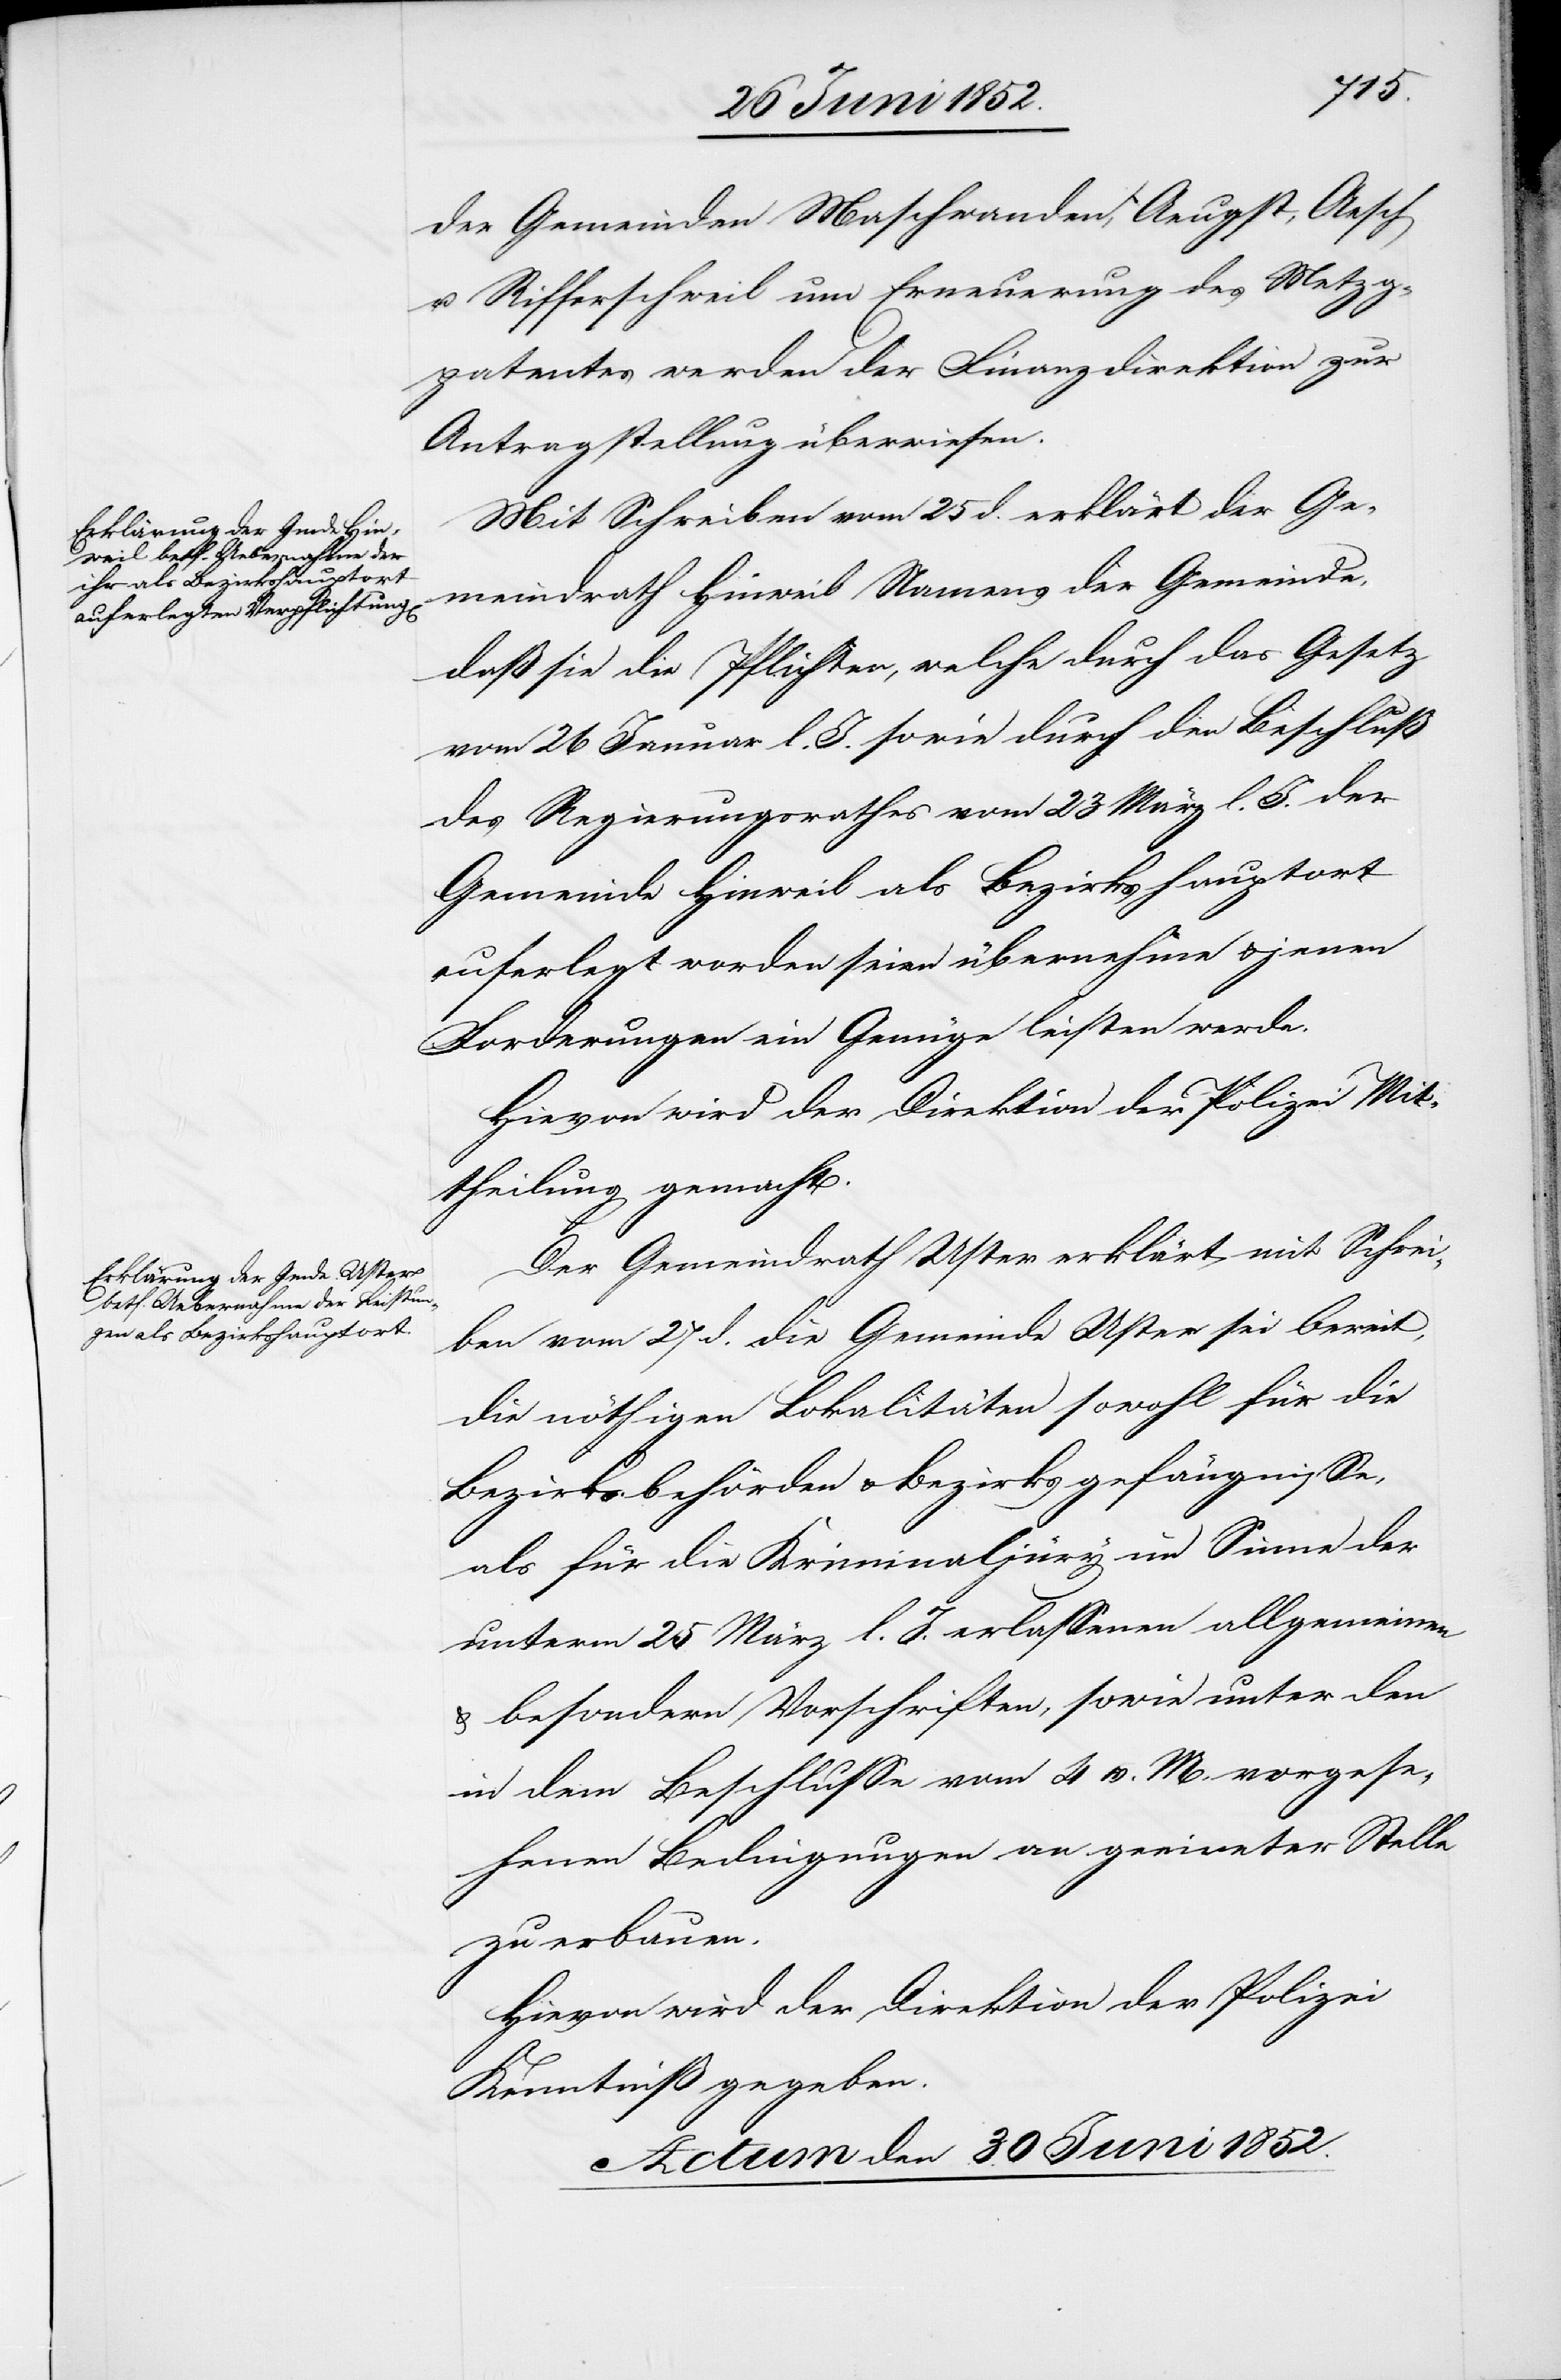
der Gemeinden Maschwanden, Aeugst, Aesch
u. Rifferschweil um Erneuerung des Metzg¬
patentes werden der Finanzdirektion zur
Antragstellung überwiesen.
Mit Schreiben vom 25 d. erklärt der Ge¬
meindrath Hinweil Namens der Gemeinde,
daß sie die Pflichten, welche durch das Gesetz
vom 26 Januar l. J. sowie durch den Beschluß
des Regierungsrathes vom 23 März l. J. der
Gemeinde Hinweil als Bezirkshauptort
auferlegt worden seien übernehme & jenen
Forderungen ein Genüge leisten werde.
Hievon wird der Direktion der Polizei Mit¬
theilung gemacht.
Der Gemeindrath Uster erklärt mit Schrei¬
ben vom 27 d. die Gemeinde Uster sei bereit,
die nöthigen Lokalitäten sowohl für die
Bezirksbehörden & Bezirksgefängnisse,
als für die Kriminaljury im Sinne der
unterm 25 März l. J. erlassenen allgemeinen
& besondern Vorschriften, sowie unter den
in dem Beschlusse vom 4 v. M. vorgese¬
henen Bedingungen an geei[g]neter Stelle
zu erbauen.
Hievon wird der Direktion der Polizei
Kenntniß gegeben.
Actum den 30 Juni 1852.